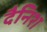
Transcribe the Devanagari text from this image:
दैनिश